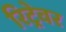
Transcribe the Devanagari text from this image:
रिट्रेवर